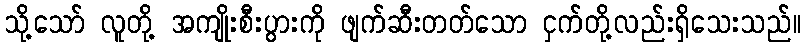
သို့သော် လူတို့ အကျိုးစီးပွားကို ဖျက်ဆီးတတ်သော ငှက်တို့လည်းရှိသေးသည်။